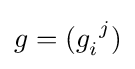
g=(g_{i}^{\ j})